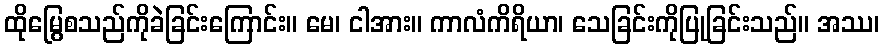
ထိုမြွေစသည်ကိုခဲခြင်းကြောင်း။ မေ၊ ငါအား။ ကာလံကိရိယာ၊ သေခြင်းကိုပြုခြင်းသည်။ အဿ၊